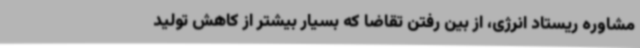
مشاوره ریستاد انرژی، از بین رفتن تقاضا که بسیار بیشتر از کاهش تولید